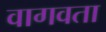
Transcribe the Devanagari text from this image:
वागवता